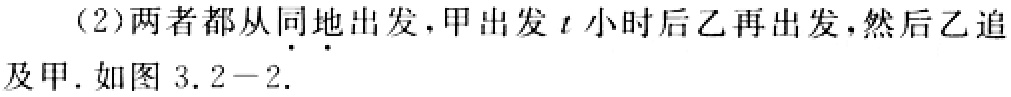
（2）两者都从同地出发，甲出发\(t\)小时后乙再出发，然后乙追及甲. 如图 3.2 - 2.